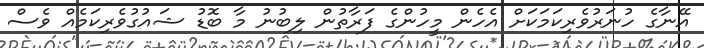
އޭނާގެ ހުނަރުވެރިކަމަކަށް އެހެން މީހުންގެ ފަރާތުން ލިބުނު މާ ބޮޑު ޝައުގުވެރިކަމެއް ވެސް